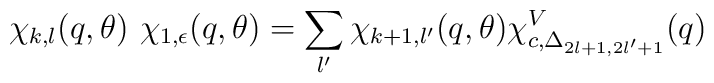
\chi_{k,l}(q,\theta)~\chi_{1,\epsilon}(q,\theta) = \sum_{l'} \chi_{k+1, l'}(q,\theta) \chi^{V}_{c,\Delta_{2l+1,2l'+1}} (q)